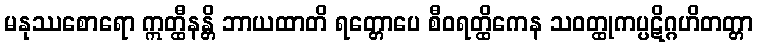
မနုဿစောရော ဣတ္ထီနန္တိ ဘာယထာတိ ရတ္တောပေ စီဝရတ္ထိကေန သဝတ္ထုကပ္ပဋိဂ္ဂဟိတတ္တာ